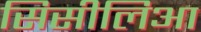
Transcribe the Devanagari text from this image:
सिसीलिआ